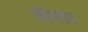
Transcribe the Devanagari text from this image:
कॉमपेने